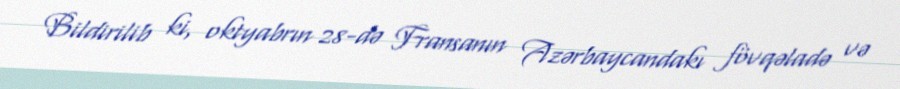
Bildirilib ki, oktyabrın 28-də Fransanın Azərbaycandakı fövqəladə və